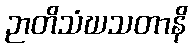
ဉာတိသံဃသတာနိ